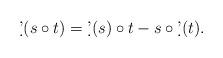
LaTeX: \begin{align*}\d'(s\circ t)=\d'(s)\circ t-s \circ \d'(t).\end{align*}